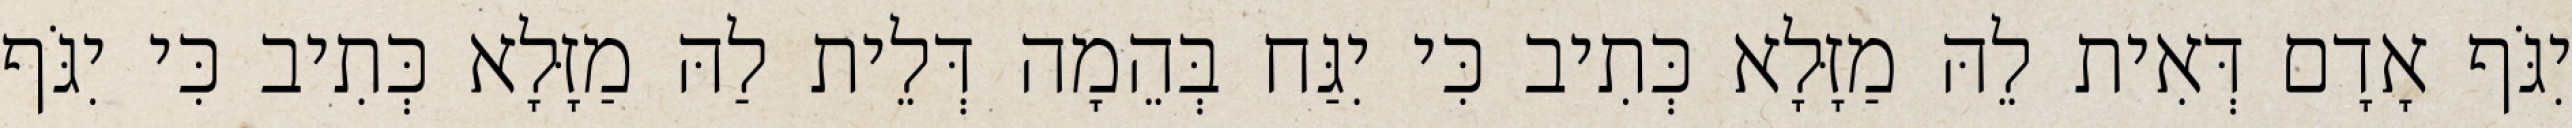
יִגֹּף אָדָם דְּאִית לֵהּ מַזָּלָא כְּתִיב כִּי יִגַּח בְּהֵמָה דְּלֵית לַהּ מַזָּלָא כְּתִיב כִּי יִגֹּף